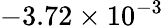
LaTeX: -3.72\times 10^{-3}